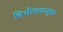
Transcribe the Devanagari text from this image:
विभीतकवृक्षः